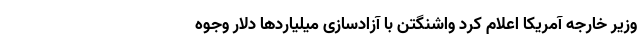
وزیر خارجه آمریکا اعلام کرد واشنگتن با آزادسازی میلیاردها دلار وجوه